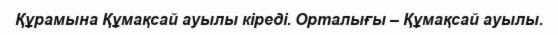
Құрамына Құмақсай ауылы кіреді. Орталығы – Құмақсай ауылы.